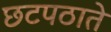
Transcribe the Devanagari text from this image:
छटपठाते